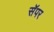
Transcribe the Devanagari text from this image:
सॅपर